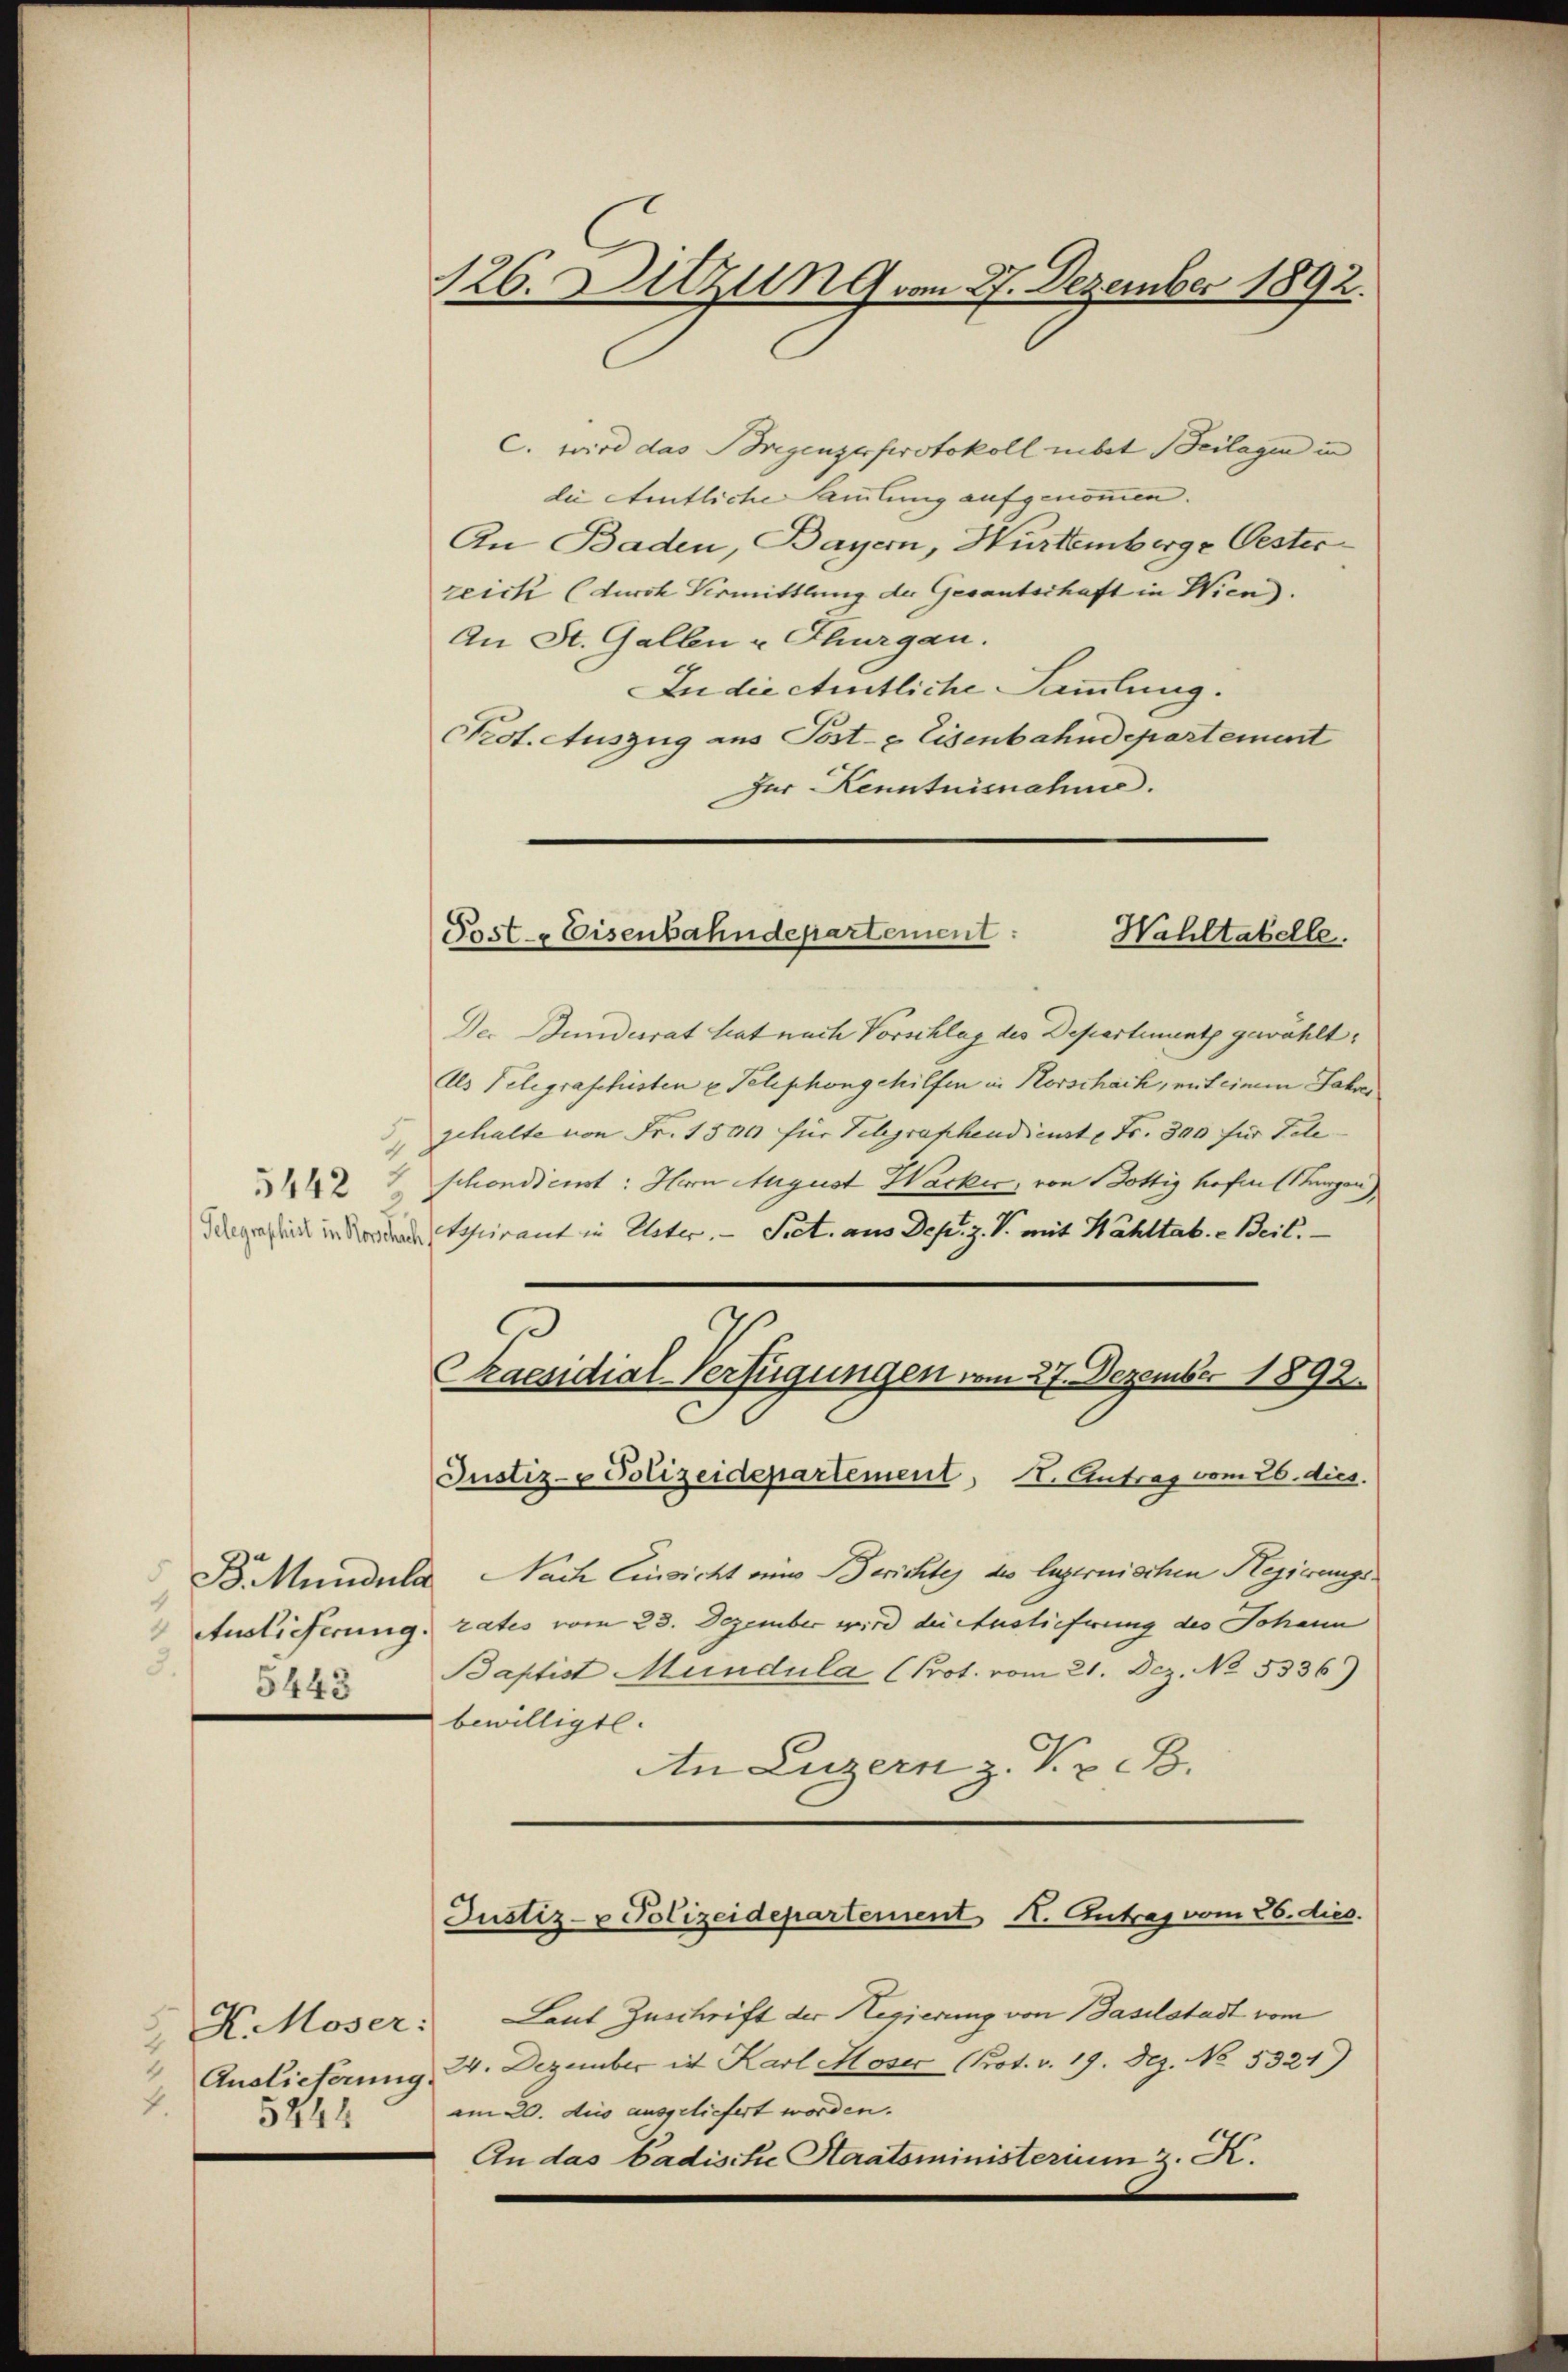
5442

3.
5443

H. Moser:
Auslieferung.
4.
5244

126. Sitzung vom 27. Dezember 1892.

C. wird das Bregenzerprotokoll nibet Beilagen in
die Amtliche Sammlung aufgenommen.
An Baden, Bayern, Hurtemberge Oester
zeich (durch Vermittlung der Gesantschaft in Wien).
An St. Gallen u. Thurgau.
In die eitliche Sammlung.
Prot. Auszug aus Post- & Eisenbahndepartement
Zur Kenntnisnahme.

Post & Eisenbahndepartement:
Wahltabelle.

Der Bundesrat hat nach Vorschlag des Departement gewählt:
Als Telegraphisten u. Telephongehilfen in Korschach, mit einem Jahres
, Schalte von Fr. 1500 für Telegraphendienste Fr. 300 für Tale
schondicint: Herrn August Wacker, von Bottig hofen (Thurgau)
 inde Schirant in Uster. — Siet. aus Dep. z. B. mit Wahltab. Beil.
Praesidial-Verfügungen vom 27. Dezember 1892.
C
Justiz- & Polizeidepartement, I. Antrag vom 26. dies.
 B. Mundula Nach Einsicht eine Berichtes des legernischen Regierungs¬
Auslieferung rates vom 23. Dezember wird die Auslieferung des Johann
Baptist Mundula (Prot. vom 21. Dez. No. 5336)
bewilligte.
An Luzern z. T. z. B.

d

Justiz- u Polizeidepartement K. Antrag vom 26. dies.

Laut Zuschrift der Regierung von Baselstadt vom
24. Dezember ist Karl Moser (Prot. v. 19. Dez. No. 5321)
am 20. Aus ausgeliefert worden. |
An das Badische Staatsministerium z. K.